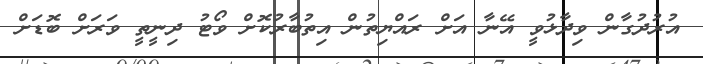
އުރުދުގާން ވިދާޅުވީ އޭނާ އަށް ރައްޔިތުން އިތުބާރުކޮށް ވޯޓު ދިނީތީ ވަރަށް ބޮޑަށް